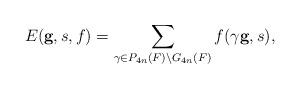
LaTeX: \begin{align*} E(\mathbf{g},s,f) = \sum\limits_{\gamma \in P_{4n}(F) \backslash G_{4n}(F)} f(\gamma \mathbf{g}, s),\end{align*}